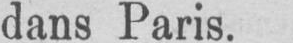
dans Paris.